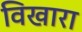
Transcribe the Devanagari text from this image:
विखारा